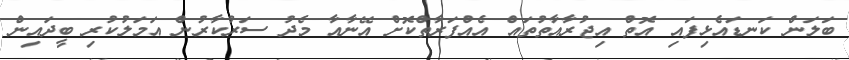
ބަލަން ކަނޑައެޅިފައި އޮތް އިޖުރާއާތުތައް އެއްފަރާތްކޮށް އޭނާއާ މެދު ސަރުކާރުން އަމަލުކުރި ބީދައިން